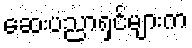
ဆေးပညာရှင်များက